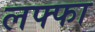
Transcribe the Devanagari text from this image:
लफ्फा